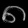
Digit: ၈